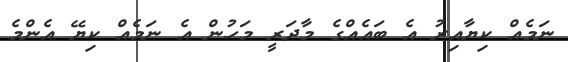
ނަމެއް ކިޔާއިރު އެ ބައެއްގެ މާދަރީ މަހުން އެ ނަމެއް ކިޔޭ އެންމެ